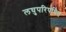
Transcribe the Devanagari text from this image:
लघुपरिपथित